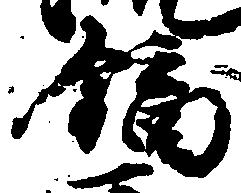
鏑